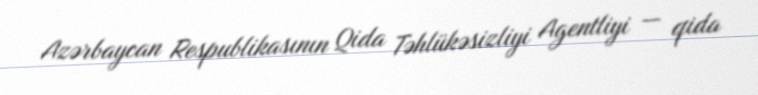
Azərbaycan Respublikasının Qida Təhlükəsizliyi Agentliyi — qida